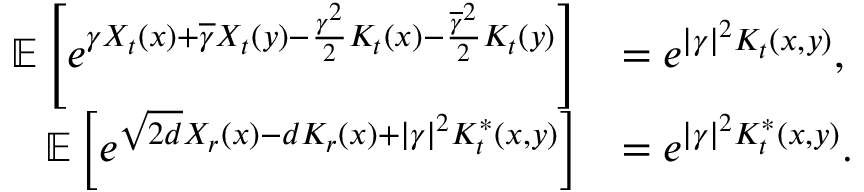
\begin{array} { r l } { { \ensuremath { \mathbb E } } \left[ e ^ { \gamma X _ { t } ( x ) + \overline { \gamma } X _ { t } ( y ) - \frac { \gamma ^ { 2 } } { 2 } K _ { t } ( x ) - \frac { \overline { \gamma } ^ { 2 } } { 2 } K _ { t } ( y ) } \right] } & { = e ^ { | \gamma | ^ { 2 } K _ { t } ( x , y ) } , } \\ { { \ensuremath { \mathbb E } } \left[ e ^ { \sqrt { 2 d } X _ { r } ( x ) - d K _ { r } ( x ) + | \gamma | ^ { 2 } K _ { t } ^ { * } ( x , y ) } \right] } & { = e ^ { | \gamma | ^ { 2 } K _ { t } ^ { * } ( x , y ) } . } \end{array}